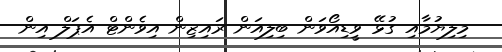
މިލިޔުމާއި ގުޅޭ ވީޑިއޯވަން ބިލިއަން ރައިޒިން އިވެންޓް އެޕަލް އިން